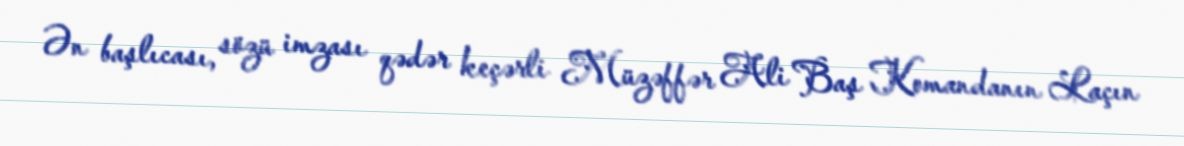
Ən başlıcası, sözü imzası qədər keçərli Müzəffər Ali Baş Komandanın Laçın